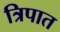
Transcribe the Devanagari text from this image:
त्रिपात